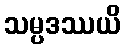
သမ္ပဒဿယိ